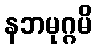
နဘမုဂ္ဂမိ